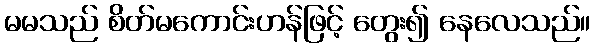
မမသည် စိတ်မကောင်းဟန်ဖြင့် တွေး၍ နေလေသည်။